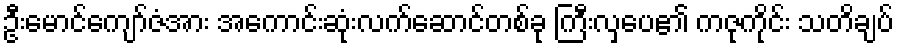
ဦးမောင်ကျော်ဇံအား အကောင်းဆုံးလက်ဆောင်တစ်ခု ကြီးလှပေ၏ ကဇုကိုင်း သတိချပ်